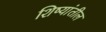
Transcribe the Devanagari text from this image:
शिष्यांतील